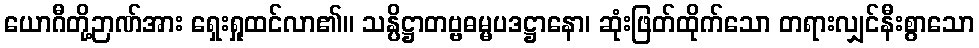
ယောဂီတို့ဉာဏ်အား ရှေးရှုထင်လာ၏။ သန္ပိဋ္ဌာတဗ္ဗဓမ္မပဒဋ္ဌာနော၊ ဆုံးဖြတ်ထိုက်သော တရားလျှင်နီးစွာသော